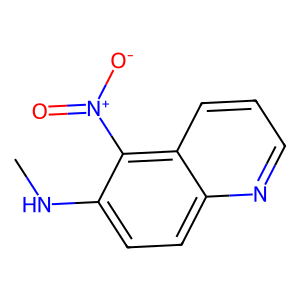
SMILES: CNc1ccc2ncccc2c1[N+](=O)[O-]
Inhibits HIV replication: No